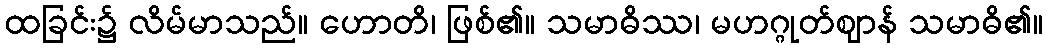
ထခြင်း၌ လိမ်မာသည်။ ဟောတိ၊ ဖြစ်၏။ သမာဓိဿ၊ မဟဂ္ဂုတ်ဈာန် သမာဓိ၏။